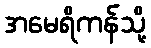
အမေရိကန်သို့